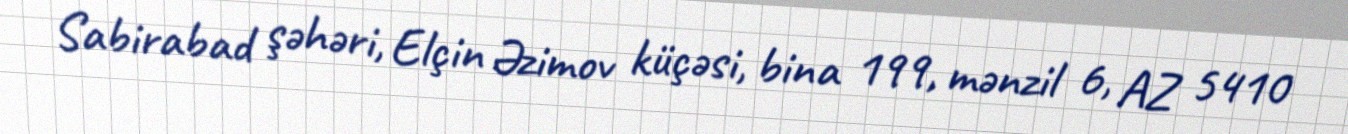
Sabirabad şəhəri, Elçin Əzimov küçəsi, bina 199, mənzil 6, AZ 5410